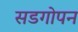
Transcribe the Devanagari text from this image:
सडगोपन